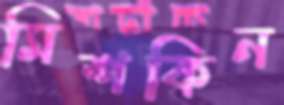
মিশকিন